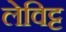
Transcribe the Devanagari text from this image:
लेविट्ट